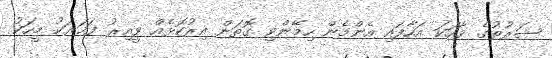
ޝަރުތުގެ ވާހަކަ އަހާފައި އެންމެން ހިމޭންވި ގޮތަށް އިރުކޮޅެއް ވީއިރު ފަހަރަކު މީހަކު